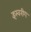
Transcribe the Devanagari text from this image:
इस्वरीय